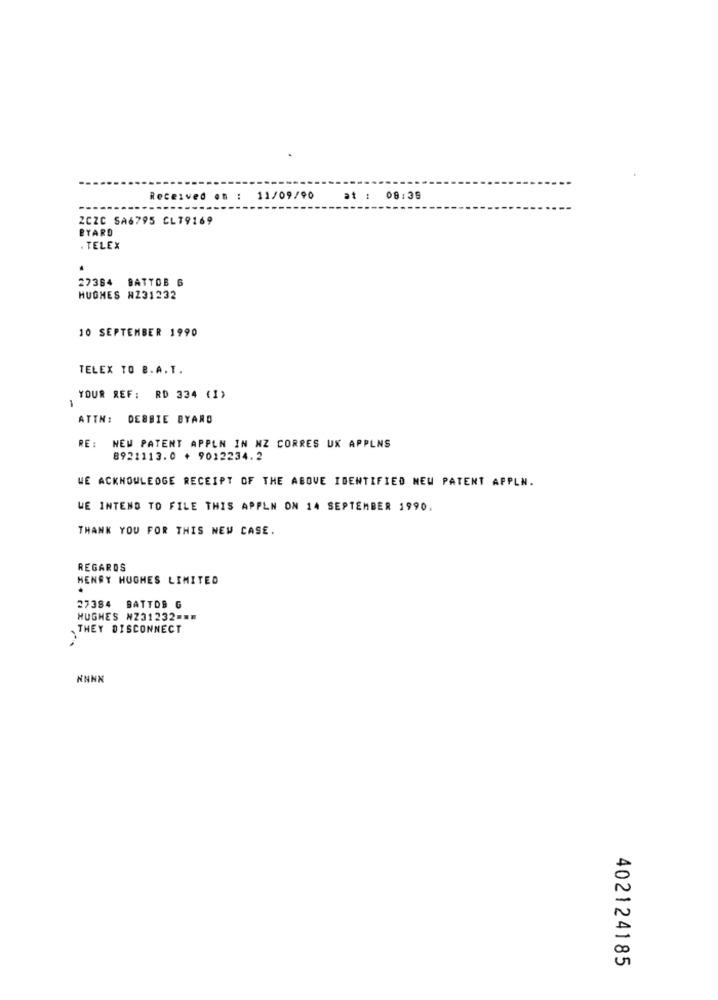
Received on : 11/09/90
at : 08:39
2CZC SA6795 CL79169
EYARD
. TELEX
27364 BATTOB 6
HUGHES NZ31232
10 SEPTEMBER 1990
TELEX TO B.A.T.
1
YOUR REF: RD 334 (1)
ATTN: DEBBIE BYAND
RE: NEW PATENT APPLN IN NZ CORRES UX APPLNS
8921113.0 + 9012234.2
WE ACKNOWLEDGE RECEIPT OF THE ABOVE IDENTIFIED NEW PATENT APPLN.
WE INTEND TO FILE THIS APPLN ON 14 SEPTEMBER 1990.
THANK YOU FOR THIS NEW CASE.
REGARDS
HENRY HUGHES LIMITED
27384 BATTOS G
HUGHES NZ31232 -* ⑈
THEY DISCONNECT
NNNN
402124185